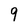
Character: 9